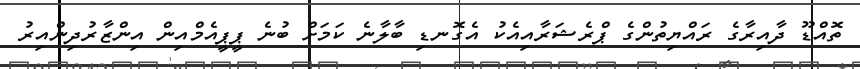
ތޮއްޑޫ ދާއިރާގެ ރައްޔިތުންގެ ޕްރެޝަރާއިއެކު އެގޮނޑި ބާލާނެ ކަމަށް ބުނެ ޕީޕީއެމްއިން އިންޒާރުދިންއިރު